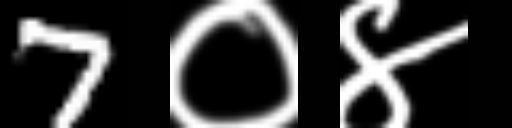
Text: 7०४